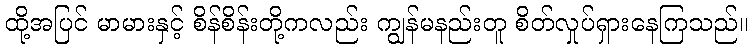
ထို့အပြင် မာမားနှင့် စိန်စိန်းတို့ကလည်း ကျွန်မနည်းတူ စိတ်လှုပ်ရှားနေကြသည်။